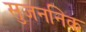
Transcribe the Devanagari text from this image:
सुजननिक